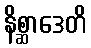
နိစ္ဆာဒေတိ